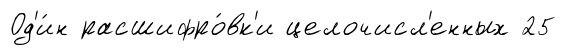
Од'и́н расшифро́вк'и целочисл'енных 25